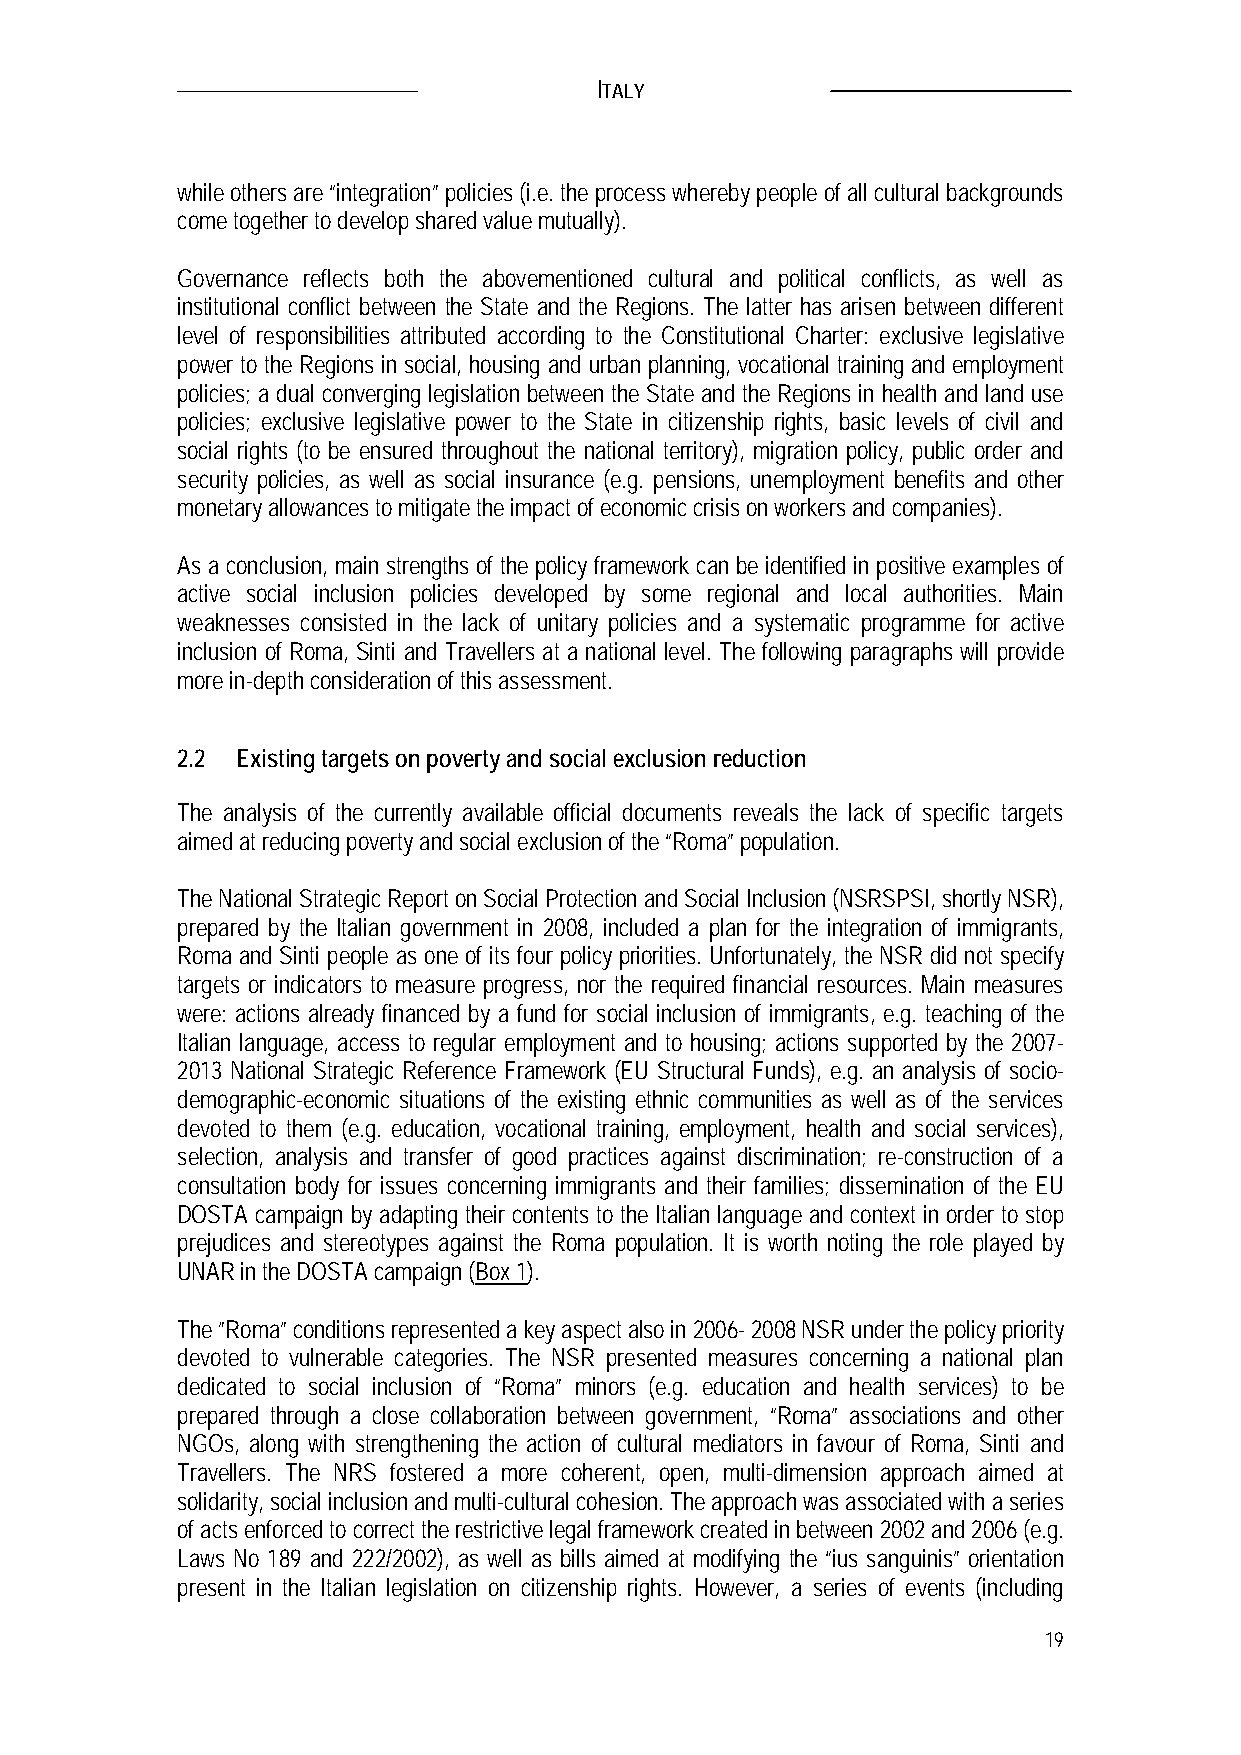
ITALY
 while others are “integration” policies (i.e. the process whereby people of all cultural backgrounds
 come together to develop shared value mutually).
 Governance reflects both the abovementioned cultural and political conflicts, as well as
 institutional conflict between the State and the Regions. The latter has arisen between different
 level of responsibilities attributed according to the Constitutional Charter: exclusive legislative
 power to the Regions in social, housing and urban planning, vocational training and employment
 policies; a dual converging legislation between the State and the Regions in health and land use
 policies; exclusive legislative power to the State in citizenship rights, basic levels of civil and
 social rights (to be ensured throughout the national territory), migration policy, public order and
 security policies, as well as social insurance (e.g. pensions, unemployment benefits and other
 monetary allowances to mitigate the impact of economic crisis on workers and companies).
 As a conclusion, main strengths of the policy framework can be identified in positive examples of
 active social inclusion policies developed by some regional and local authorities. Main
 weaknesses consisted in the lack of unitary policies and a systematic programme for active
 inclusion of Roma, Sinti and Travellers at a national level. The following paragraphs will provide
 more in-depth consideration of this assessment.
 2.2 Existing targets on poverty and social exclusion reduction
 The analysis of the currently available official documents reveals the lack of specific targets
 aimed at reducing poverty and social exclusion of the “Roma” population.
 The National Strategic Report on Social Protection and Social Inclusion (NSRSPSI, shortly NSR),
 prepared by the Italian government in 2008, included a plan for the integration of immigrants,
 Roma and Sinti people as one of its four policy priorities. Unfortunately, the NSR did not specify
 targets or indicators to measure progress, nor the required financial resources. Main measures
 were: actions already financed by a fund for social inclusion of immigrants, e.g. teaching of the
 Italian language, access to regular employment and to housing; actions supported by the 2007-
 2013 National Strategic Reference Framework (EU Structural Funds), e.g. an analysis of socio-
 demographic-economic situations of the existing ethnic communities as well as of the services
 devoted to them (e.g. education, vocational training, employment, health and social services),
 selection, analysis and transfer of good practices against discrimination; re-construction of a
 consultation body for issues concerning immigrants and their families; dissemination of the EU
 DOSTA campaign by adapting their contents to the Italian language and context in order to stop
 prejudices and stereotypes against the Roma population. It is worth noting the role played by
 UNAR in the DOSTA campaign (Box 1).
 The ”Roma” conditions represented a key aspect also in 2006- 2008 NSR under the policy priority
 devoted to vulnerable categories. The NSR presented measures concerning a national plan
 dedicated to social inclusion of “Roma” minors (e.g. education and health services) to be
 prepared through a close collaboration between government, “Roma” associations and other
 NGOs, along with strengthening the action of cultural mediators in favour of Roma, Sinti and
 Travellers. The NRS fostered a more coherent, open, multi-dimension approach aimed at
 solidarity, social inclusion and multi-cultural cohesion. The approach was associated with a series
 of acts enforced to correct the restrictive legal framework created in between 2002 and 2006 (e.g.
 Laws No 189 and 222/2002), as well as bills aimed at modifying the “ius sanguinis” orientation
 present in the Italian legislation on citizenship rights. However, a series of events (including
 19